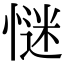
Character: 𢞞